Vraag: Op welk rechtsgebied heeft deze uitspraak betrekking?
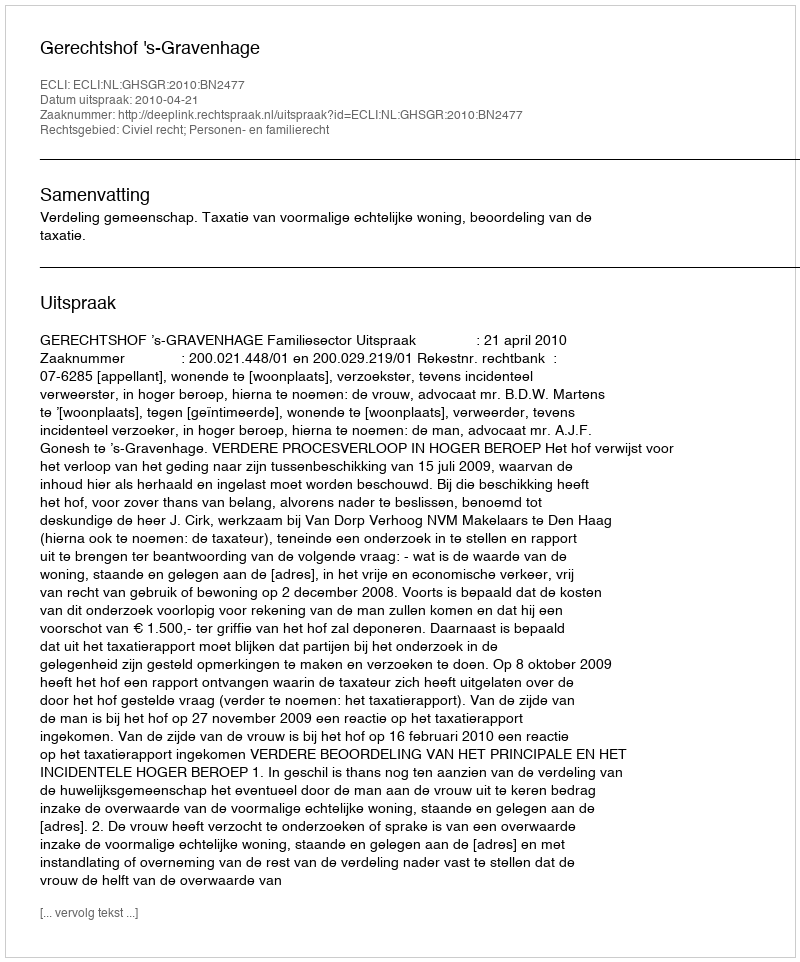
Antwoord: Civiel recht; Personen- en familierecht